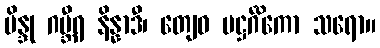
ဗိန္ဒု ဂမ္ဘီရ နိန္နာဒီ၊ တျေဝ မဋ္ဌင်္ဂိကော သရော။